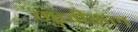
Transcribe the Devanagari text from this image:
मुनीरुल